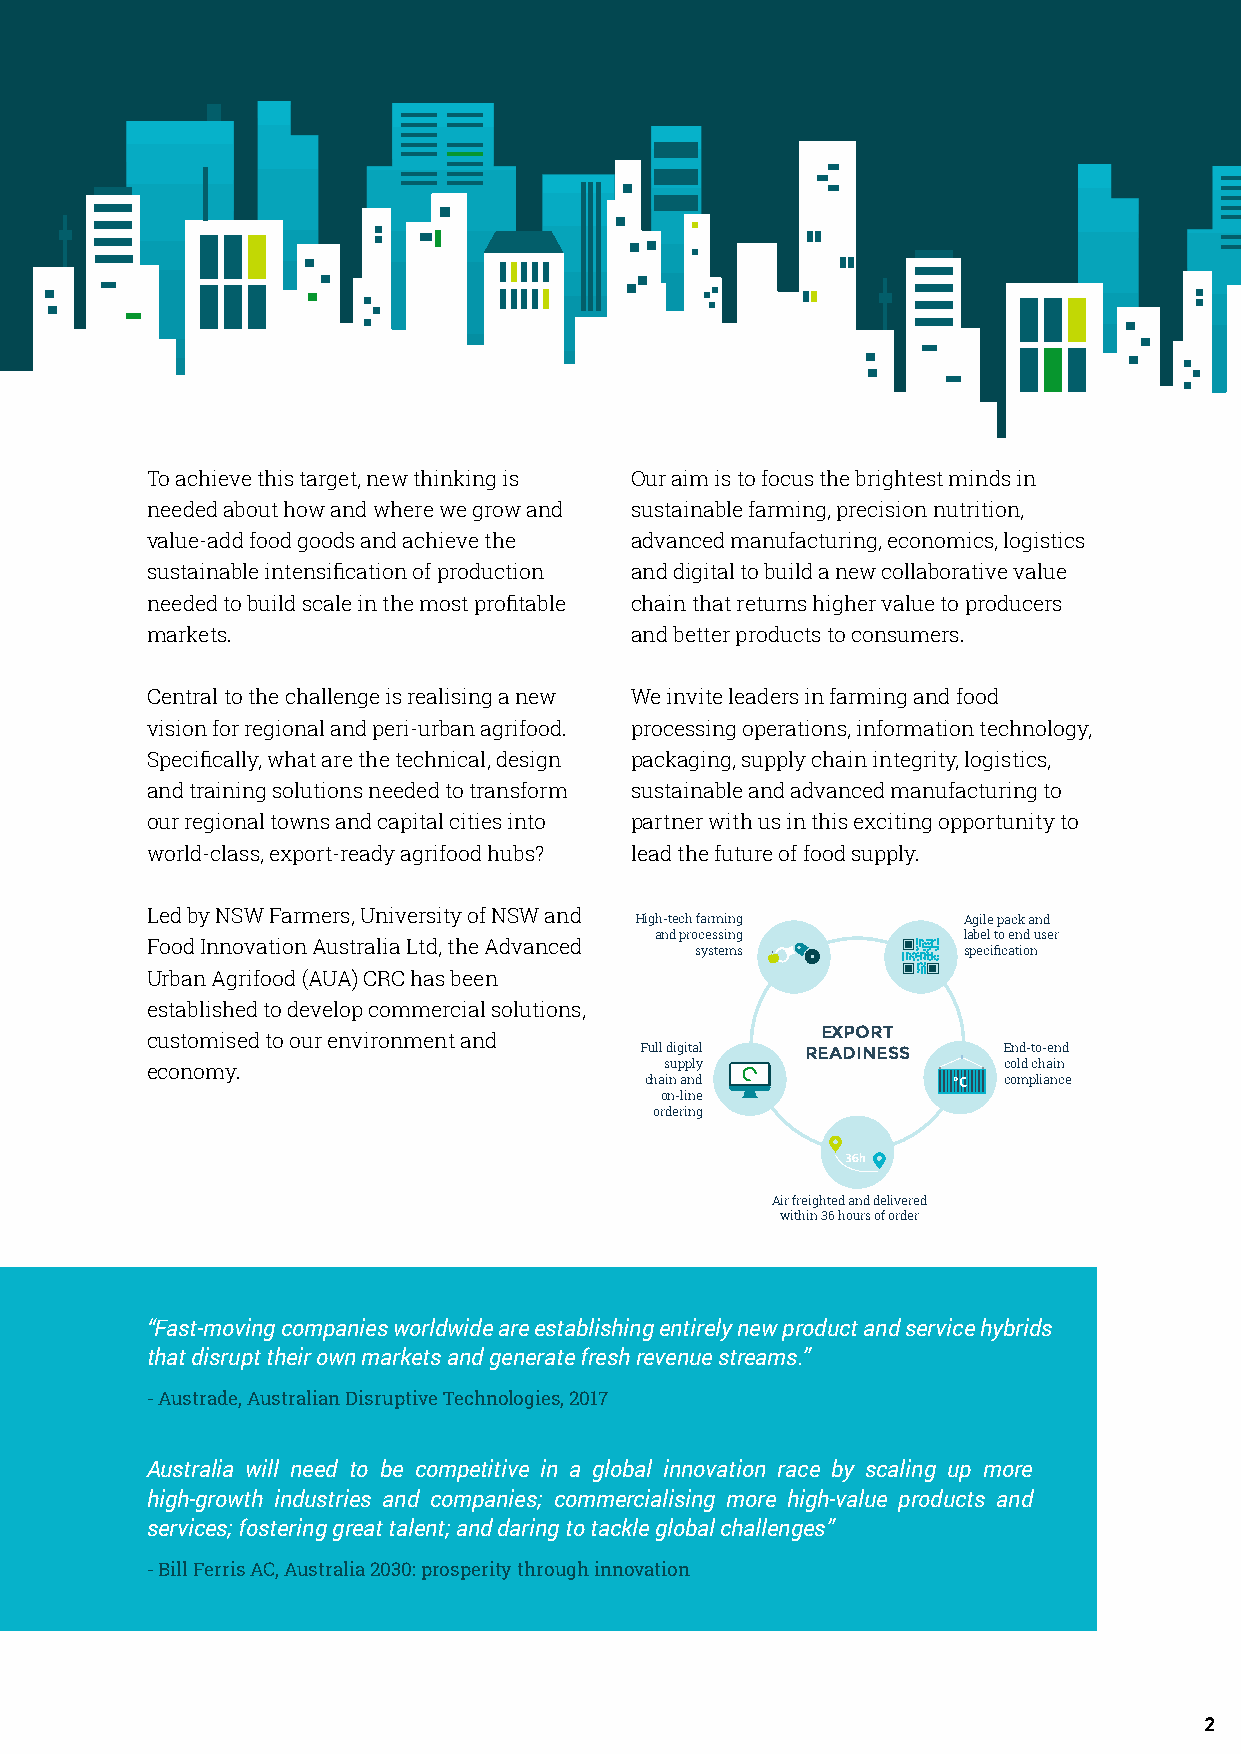
To achieve this target, new thinking is Our aim is to focus the brightest minds in
 needed about how and where we grow and sustainable farming, precision nutrition,
 value-add food goods and achieve the advanced manufacturing, economics, logistics
 sustainable intensification of production and digital to build a new collaborative value
 needed to build scale in the most profitable chain that returns higher value to producers
 markets.                        and better products to consumers.
 Central to the challenge is realising a new We invite leaders in farming and food
 vision for regional and peri-urban agrifood. processing operations, information technology,
 Specifically, what are the technical, design packaging, supply chain integrity, logistics,
 and training solutions needed to transform sustainable and advanced manufacturing to
 our regional towns and capital cities into partner with us in this exciting opportunity to
 world-class, export-ready agrifood hubs? lead the future of food supply.
 Led by NSW Farmers, University of NSW and
 High-tech farming     Agile pack and
 and processing       label to end user
 Food Innovation Australia Ltd, the Advanced
 systems           specification
 Urban Agrifood (AUA) CRC has been
 established to develop commercial solutions,
 EXPORT
 customised to our environment and
 Full digital READINESS  End-to-end
 economy.                          supply                cold chain
 chain and              compliance
 on-line
 ordering
 Air freighted and delivered
 within 36 hours of order
 “Fast-moving companies worldwide are establishing entirely new product and service hybrids
 that disrupt their own markets and generate fresh revenue streams.”
 - Austrade, Australian Disruptive Technologies, 2017
 Australia will need to be competitive in a global innovation race by scaling up more
 high-growth industries and companies; commercialising more high-value products and
 services; fostering great talent; and daring to tackle global challenges”
 - Bill Ferris AC, Australia 2030: prosperity through innovation
 2